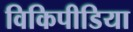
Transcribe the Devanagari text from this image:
विकिपीडिया